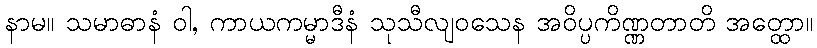
နာမ။ သမာဓာနံ ဝါ, ကာယကမ္မာဒီနံ သုသီလျဝသေန အဝိပ္ပကိဏ္ဏတာတိ အတ္ထော။